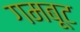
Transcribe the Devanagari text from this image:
गमबूट